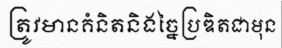
ត្រូវមានគំនិតនិងច្នៃប្រឌិតជាមុន